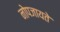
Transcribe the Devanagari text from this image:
नोपजायते